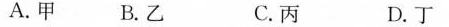
A. 甲 B. 乙 C. 丙 D. 丁